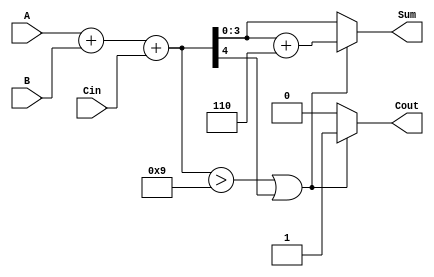
module BCD_Asynchronous_Adder (
    input  [3:0] A,      // First BCD digit
    input  [3:0] B,      // Second BCD digit
    input        Cin,     // Carry input
    output reg [3:0] Sum, // BCD sum output
    output reg Cout       // Carry output
);

    // Intermediate signals
    wire [4:0] binary_sum; // 5-bit sum to accommodate carry
    wire correction_needed; // Signal to indicate if correction is needed

    // Perform binary addition
    assign binary_sum = A + B + Cin;

    // Determine if correction is needed
    assign correction_needed = (binary_sum > 9) || (binary_sum[4]);

    // BCD correction logic
    always @* begin
        if (correction_needed) begin
            Sum = binary_sum + 5'b0110; // Add 6 for BCD correction
            Cout = 1;                   // Set carry out
        end else begin
            Sum = binary_sum[3:0];      // Assign lower 4 bits as sum
            Cout = 0;                   // No carry out
        end
    end

endmodule